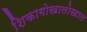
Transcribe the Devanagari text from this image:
शिकागोखालोखाल